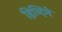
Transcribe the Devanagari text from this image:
हिन्दिमे